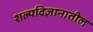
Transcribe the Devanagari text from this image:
शल्यविज्ञानातील